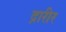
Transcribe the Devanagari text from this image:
द्रारीर